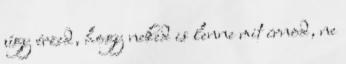
úgy érzed, hogy neked is lenne mit írnod, ne